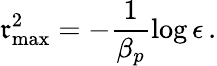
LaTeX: \mathfrak{r}_{\mathrm{{max}}}^{2}=-\frac{{1}}{{\beta_{p}}}\log{\epsilon}\, .